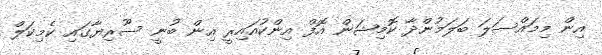
އިން މިމައްސަލަ ބަލަމުންދާ ކޮމިޝަން އޮފް އިންކުއައިރީ އިން ބުނީ ސޫރިޔާގައި ކެމިކަލް